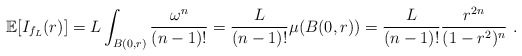
\begin{align*} \mathbb E[I_{f_L}(r)]=L\int_{B(0,r)}\frac{\omega^n}{(n-1)!}=\frac L{(n-1)!}\mu(B(0,r))=\frac L{(n-1)!}\frac{r^{2n}}{(1-r^2)^n}\ .\end{align*}